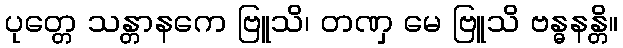
ပုတ္တေ သန္တာနကေ ဗြူသိ၊ တဏှ မေ ဗြူသိ ဗန္ဓနန္တိ။